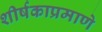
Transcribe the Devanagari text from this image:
शीर्षकाप्रमाणे